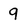
Character: 9